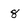
Character: 8